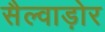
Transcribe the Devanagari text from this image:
सैल्वाड़ोर